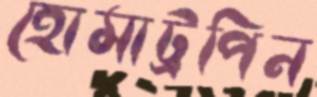
হোমাট্রপিন